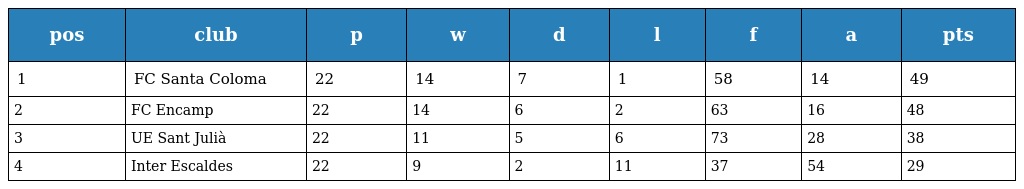
| pos | club | p | w | d | l | f | a | pts |
 | --- | --- | --- | --- | --- | --- | --- | --- | --- |
 | 1 | FC Santa Coloma | 22 | 14 | 7 | 1 | 58 | 14 | 49 |
 | 2 | FC Encamp | 22 | 14 | 6 | 2 | 63 | 16 | 48 |
 | 3 | UE Sant Julià | 22 | 11 | 5 | 6 | 73 | 28 | 38 |
 | 4 | Inter Escaldes | 22 | 9 | 2 | 11 | 37 | 54 | 29 |